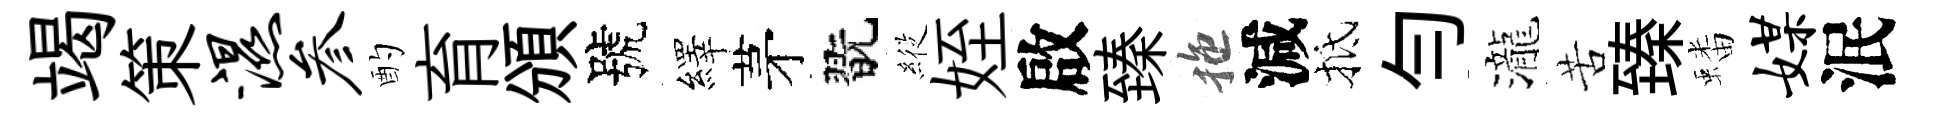
竭策湿参酌育頒號繹茅翫𦂵姪啟臻拖減抵勻瀧苦臻蟠媒泯